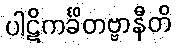
ပါဋိကင်္ခိတဗ္ဗာနီတိ